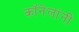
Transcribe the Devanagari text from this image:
कॉनेलांनी